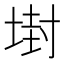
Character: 𡎈